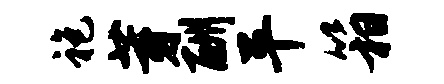
袍芽酬平箱